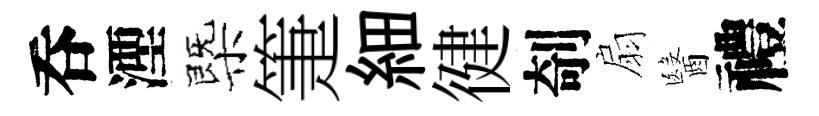
呑湮㮣箑細徤剞扇醫禮